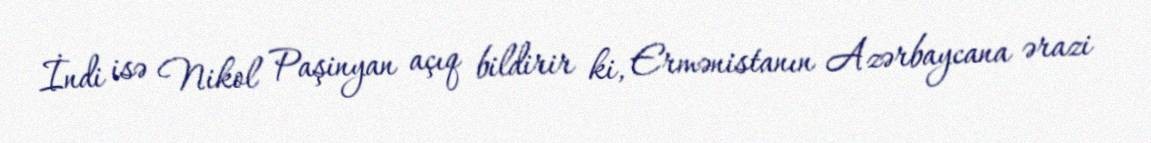
İndi isə Nikol Paşinyan açıq bildirir ki, Ermənistanın Azərbaycana ərazi